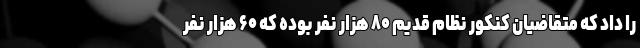
را داد که متقاضیان کنکور نظام قدیم ۸۰ هزار نفر بوده که ۶۰ هزار نفر